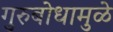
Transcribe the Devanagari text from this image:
गुरुबोधामुळे